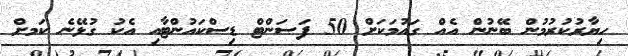
ހިޔާރުކުރުމުން ބޭނުން އެއް ގައުމަކަށް 50 ފަސަންޓް ޑިސްކައުންޓާއި އެކު ގުޅޭނެ ކަަމށް